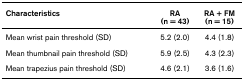
<table><thead><tr><td><b>Characteristics</b></td><td><b>RA(n = 43)</b></td><td><b>RA + FM(n = 15)</b></td></tr></thead><tbody><tr><td>Mean wrist pain threshold (SD)</td><td>5.2 (2.0)</td><td>4.4 (1.8)</td></tr><tr><td>Mean thumbnail pain threshold (SD)</td><td>5.9 (2.5)</td><td>4.3 (2.3)</td></tr><tr><td>Mean trapezius pain threshold (SD)</td><td>4.6 (2.1)</td><td>3.6 (1.6)</td></tr></tbody></table>